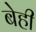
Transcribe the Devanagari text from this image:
बेही